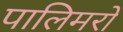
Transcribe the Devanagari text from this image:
पालिमरों